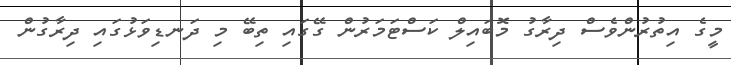
މީގެ އިތުރުންވެސް ދިރާގު މޮބައިލް ކަސްޓަމަރުން ގޭގައި ތިބޭ މި ދަނޑިވަޅުގައި ދިރާގުން